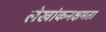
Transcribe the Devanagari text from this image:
लेखांकनक्षमता